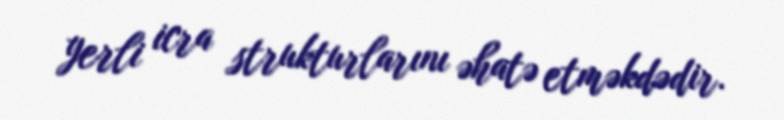
yerli icra strukturlarını əhatə etməkdədir.